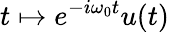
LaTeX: t\mapsto e^{-i\omega_{0}t}u(t)